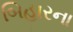
બિહારના